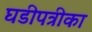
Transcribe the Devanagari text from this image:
घडीपत्रीका